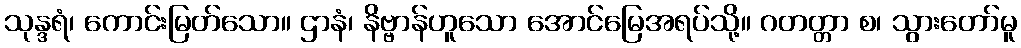
သုန္ဒရံ၊ ကောင်းမြတ်သော။ ဌာနံ၊ နိဗ္ဗာန်ဟူသော အောင်မြေအရပ်သို့။ ဂတတ္တာ စ၊ သွားတော်မူ